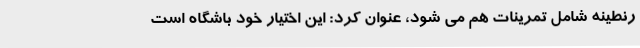
رنطینه شامل تمرینات هم می شود، عنوان کرد: این اختیار خود باشگاه است